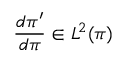
\frac { d \pi ^ { \prime } } { d \pi } \in L ^ { 2 } ( \pi )